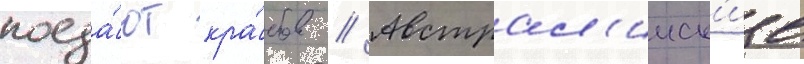
поеда́ют кра́бов // Австрал'ииск'ие